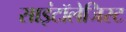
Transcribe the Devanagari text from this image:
साइंटॉलेजिस्ट